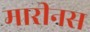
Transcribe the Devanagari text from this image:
मारीनस